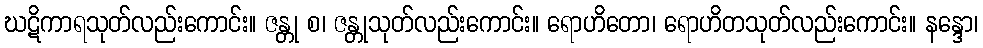
ဃဋိကာရသုတ်လည်းကောင်း။ ဇန္တု စ၊ ဇန္တုသုတ်လည်းကောင်း။ ရောဟိတော၊ ရောဟိတသုတ်လည်းကောင်း။ နန္ဒော၊